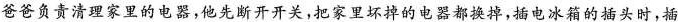
爸爸负责清理家里的电器，他先断开开关，把家里坏掉的电器都换掉，插电冰箱的插头时，插